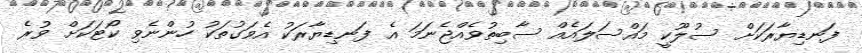
ފަނޑިޔާރަކަށް ސުލޫކީ މައްސަލައެއް ސާބިތުވެއްޖެނަމަ އެ ފަނޑިޔާރަކު އެވަގުތަކު ހުންނެވި ކޯޓަކަށް ވުރެ